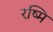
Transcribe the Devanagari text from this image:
रष्मि